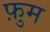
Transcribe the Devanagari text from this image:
फ़ुम